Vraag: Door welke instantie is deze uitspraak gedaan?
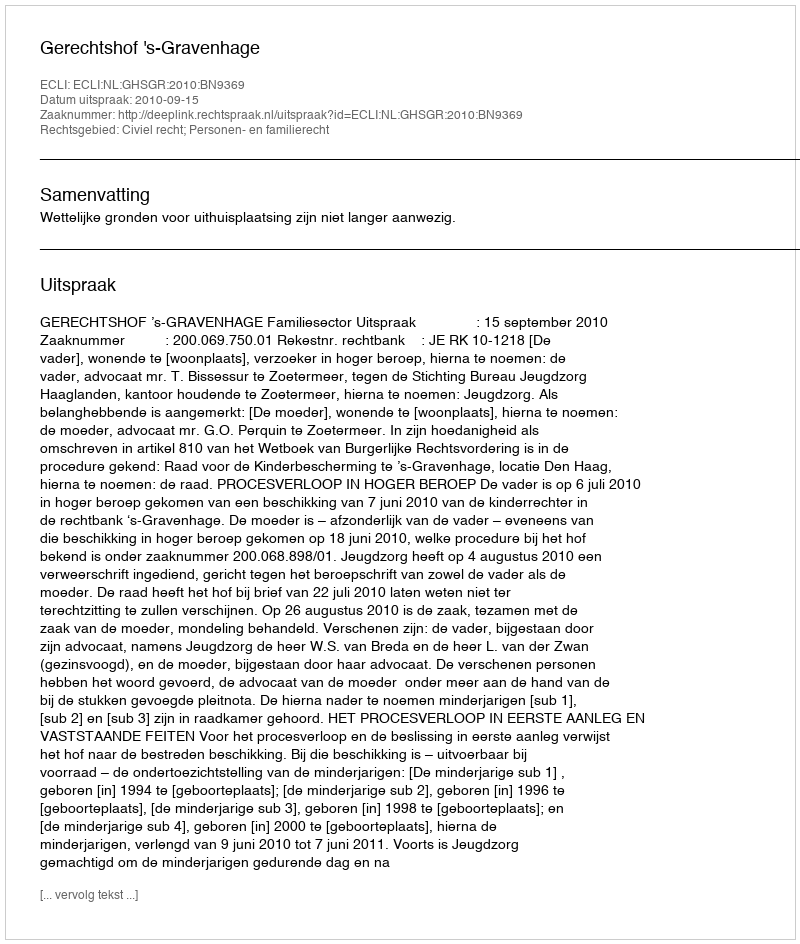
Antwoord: Gerechtshof 's-Gravenhage